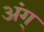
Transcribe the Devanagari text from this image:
अंग्